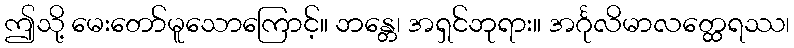
ဤသို့ မေးတော်မူသောကြောင့်။ ဘန္တေ၊ အရှင်ဘုရား။ အင်္ဂုလိမာလတ္ထေရဿ၊